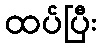
ထပ်ပြီး